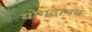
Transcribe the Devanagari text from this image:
योगदानच